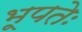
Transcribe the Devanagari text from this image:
भूपतेः